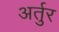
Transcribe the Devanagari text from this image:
अर्तुर